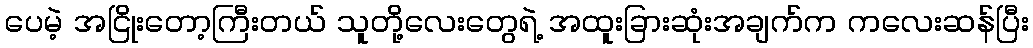
ပေမဲ့ အငြိုးတော့ကြီးတယ် သူတို့လေးတွေရဲ့ အထူးခြားဆုံးအချက်က ကလေးဆန်ပြီး